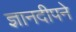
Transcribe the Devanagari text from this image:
ज्ञानदीपने